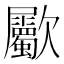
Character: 𣥀